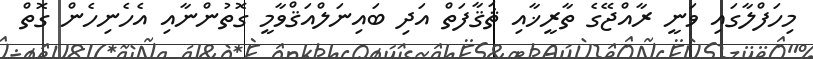
މިހަފްލާގައި ވަނީ ރާއްޖޭގެ ތާރީޚާއި ޘަޤާފަތް އަދި ބައިނަލްއަޤްވާމީ ގޮތުންނާއި އެހެނިހެން ގޮތް